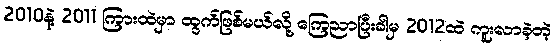
2010နဲ့ 2011 ကြားထဲမှာ ထွက်ဖြစ်မယ်လို့ ကြေညာပြီးခါမှ 2012ထဲ ကူးလာခဲ့တဲ့